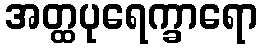
အတ္ထပုရေက္ခာရော